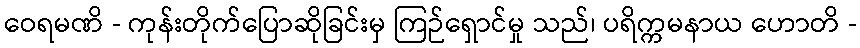
ဝေရမဏိ - ကုန်းတိုက်ပြောဆိုခြင်းမှ ကြဉ်ရှောင်မှု သည်၊ ပရိက္ကမနာယ ဟောတိ -